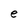
Character: e